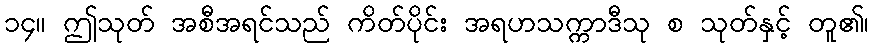
၁၄။ ဤသုတ် အစီအရင်သည် ကိတ်ပိုင်း အရဟသက္ကာဒီသု စ သုတ်နှင့် တူ၏၊